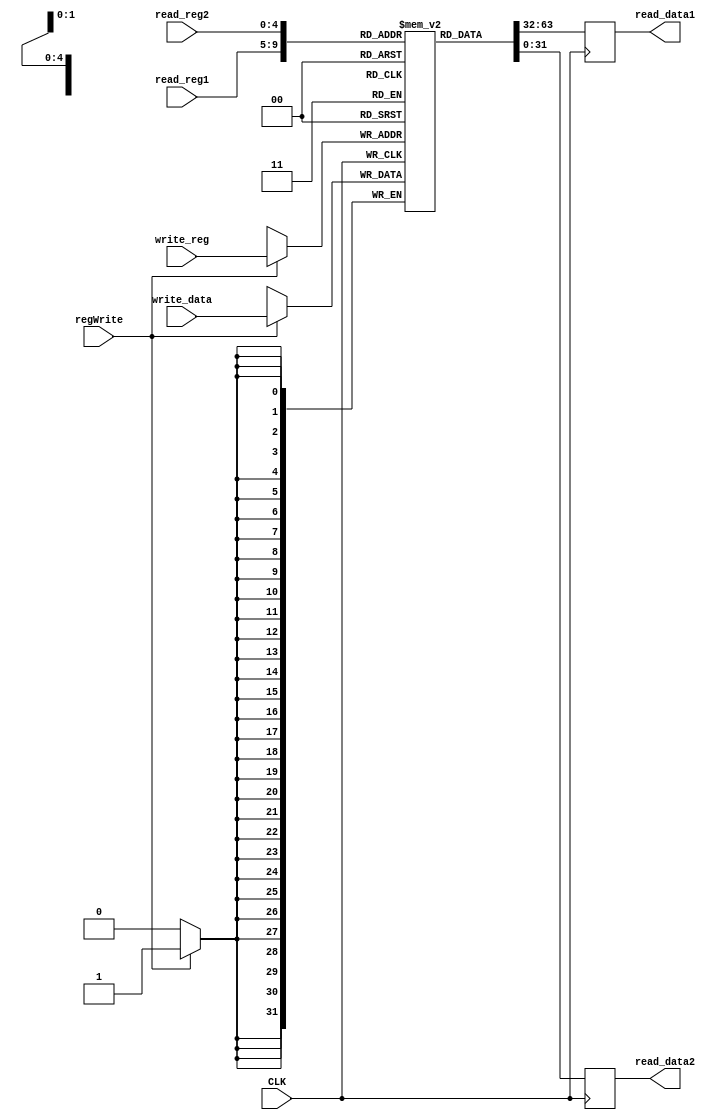
`timescale 1ns/ 1ps
module MIPS_registerfile(regWrite,CLK,read_reg1,read_reg2,write_reg,write_data,read_data1,read_data2);
    input [4:0] read_reg1,read_reg2,write_reg;
    input [31:0] write_data;
    input regWrite,CLK;
    output reg [31:0] read_data1,read_data2;  
    reg [31:0] regarray [0:31];
    
   initial begin
        regarray[0] = 0;
        regarray[1] = 1;
        regarray[2] = 2;
        regarray[3] = 3;
        regarray[4] = 4;
        regarray[5] = 5;
        regarray[6] = 6;
        regarray[7] = 7;
        regarray[8] = 8;
        regarray[9] = 9;
        regarray[10] = 10;
        regarray[11] = 11;
        regarray[12] = 12;
        regarray[13] = 13;
        regarray[14] = 14;
        regarray[15] = 15;
        regarray[16] = 16;
        regarray[17] = 17;
        regarray[18] = 18;
        regarray[19] = 19;
        regarray[20] = 20;
        regarray[21] = 21;
        regarray[22] = 22;
        regarray[23] = 23;
        regarray[24] = 24;
        regarray[25] = 25;
        regarray[26] = 26;
        regarray[27] = 27;
        regarray[28] = 28;
        regarray[29] = 29;
        regarray[30] = 30;
        regarray[31] = 31;
    end 

always @(posedge CLK)
 begin
 if (regWrite == 1)
  begin
   regarray[write_reg] <= write_data;
    end
 end
 always @(negedge CLK)
 begin
  read_data1 <= regarray[read_reg1];
  read_data2 <= regarray[read_reg2];
 end
endmodule